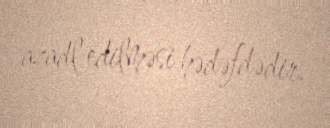
azadl edilməsi hədəfdədir.